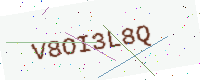
Text: V8OI3L8Q